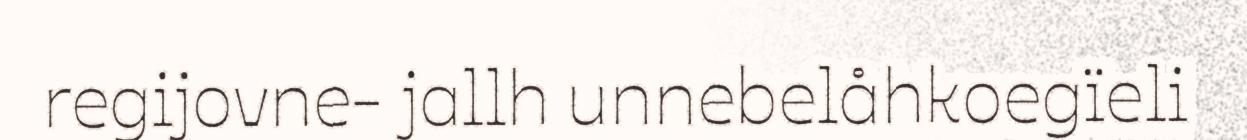
regijovne- jallh unnebelåhkoegïeli